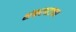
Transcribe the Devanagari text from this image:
शंकरपटाच्या